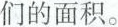
们的面积。